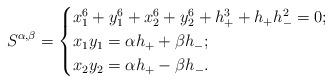
LaTeX: \begin{align*}S^{\alpha,\beta}=\begin{cases}x_1^6+y_1^6+x_2^6+y_2^6+h_+^3+h_+h_-^2=0;\\x_1y_1=\alpha h_++\beta h_-;\\x_2y_2=\alpha h_+-\beta h_-.\end{cases}\end{align*}